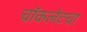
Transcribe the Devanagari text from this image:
चॉकलेटचा